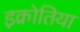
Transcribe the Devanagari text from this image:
इक्रोतिया